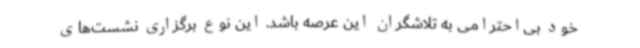
خود بی‌احترامی به تلاشگران این عرصه باشد. این نوع برگزاری نشست‌های